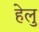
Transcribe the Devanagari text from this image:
हेलु